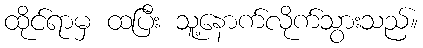
ထိုင်ရာမှ ထပြီး သူ့နောက်လိုက်သွားသည်။